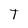
Character: T